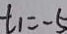
t _ { 1 } = - 5